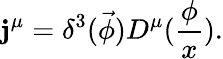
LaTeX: \mathbf{j}^{\mu}=\delta^{3}(\vec{{\phi}})D^{\mu}(\frac{\phi}{x}).